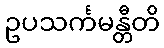
ဥပသင်္ကမန္တီတိ